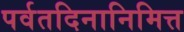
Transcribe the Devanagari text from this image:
पर्वतदिनानिमित्त